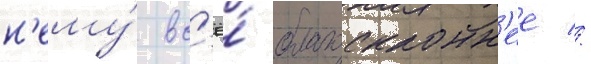
н'ему́ вс'ё́ благосклонн'ее //